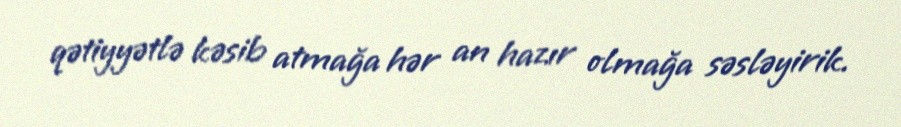
qətiyyətlə kəsib atmağa hər an hazır olmağa səsləyirik.